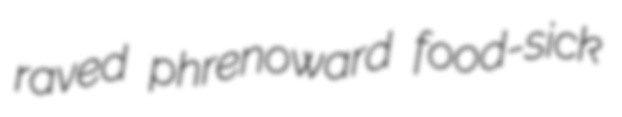
raved phrenoward food-sick